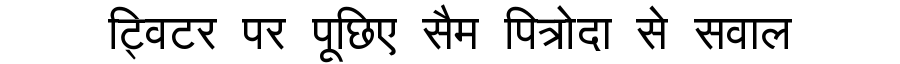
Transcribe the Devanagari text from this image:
ट्विटर पर पूछिए सैम पित्रोदा से सवाल